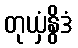
တုယှံနွိဒံ